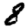
Digit: 8